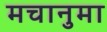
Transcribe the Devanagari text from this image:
मचानुमा